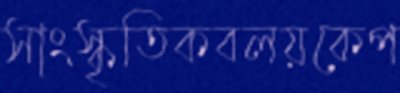
সাংস্কৃতিকবলয়কেপ